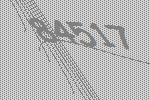
84517